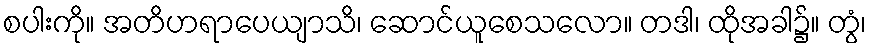
စပါးကို။ အတိဟရာပေယျာသိ၊ ဆောင်ယူစေသလော။ တဒါ၊ ထိုအခါ၌။ တွံ၊